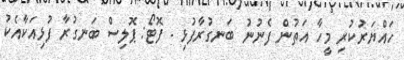
ހައްޔަރުކުރި މީހާ އަތުން ފެނުނު ބަނގުރާފުޅި - ފޮޓޯ: ޕޮލިސް ބަނގުރާ ފުޅިއަކާއެކު